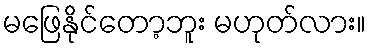
မဖြေနိုင်တော့ဘူး မဟုတ်လား။